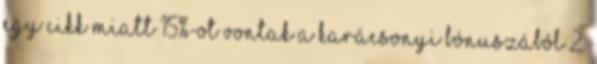
egy cikk miatt 15%-ot vontak a karácsonyi bónuszából 2.